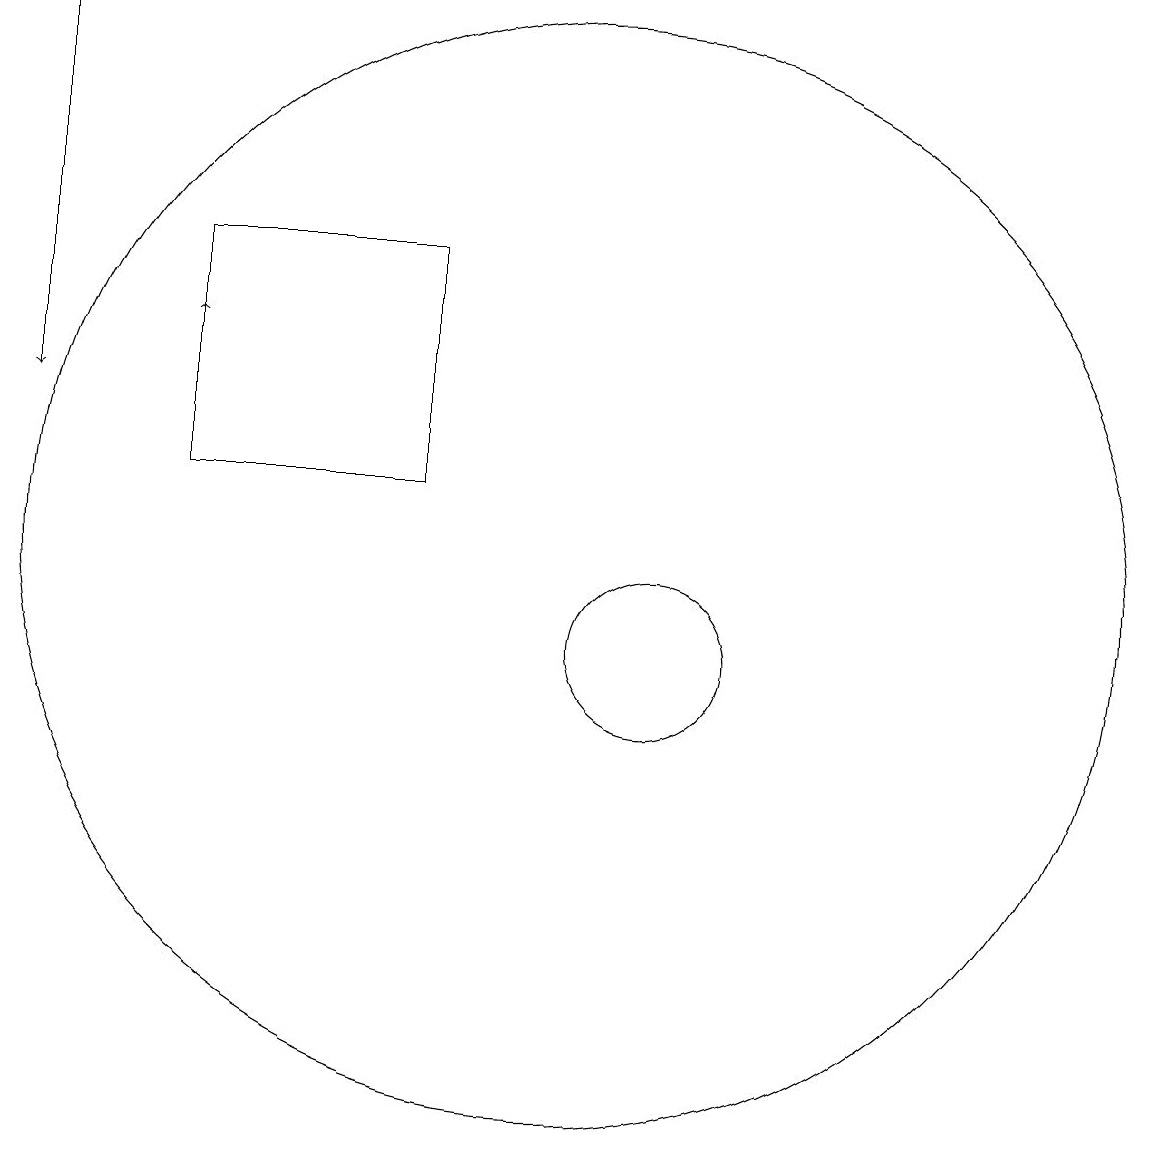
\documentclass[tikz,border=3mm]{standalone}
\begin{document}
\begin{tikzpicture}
\draw (11,12) circle (7);
\draw[->] (6,13) -- (6,15);
\draw[->] (4,19) -- (4,14);
\draw (12,11) circle (1);
\draw (6,13) rectangle (9,16);
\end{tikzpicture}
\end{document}